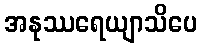
အနုဿရေယျာသိပေ